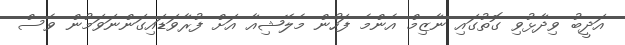
އަދީބު ވިދާޅުވި ގޮތުގައި ނާޒިމް އެންމެ ފަހުން މެލޭޝިއާ އަށް ފުރާވަޑައިގަންނަވަމުން ވެސް